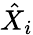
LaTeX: \hat{X}_{i}